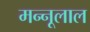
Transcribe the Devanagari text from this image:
मन्नूलाल